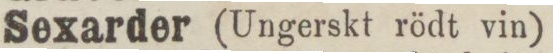
Sexarder (Ungerskt rödt vin)    75 öre.